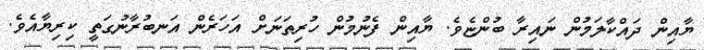
ޔާއިން ދައްކާލަމުން ނައިރާ ބުންޏެވެ. ޔާއިން ފެނުމުން ހުރިތަނަށް އަހަރެން އަނބުރާނުގަތީ ކިރިޔާއެވެ.